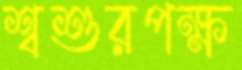
শ্বশুরপক্ষ